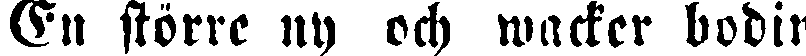
En större ny och wacker bodin